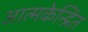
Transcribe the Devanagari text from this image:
आत्मकेन्द्रित